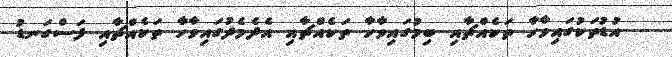
އުޑުތަކުގައިވާހާ ތަކެއްޗާއި ބިމުގައިވާހާ ތަކެއްޗާއި އެދެމެދުގައިވާހާ ތަކެއްޗާއި ފަސްގަނޑު